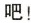
吧!